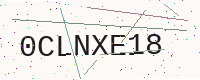
Text: 0CLNXE18